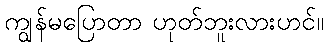
ကျွန်မပြောတာ ဟုတ်ဘူးလားဟင်။